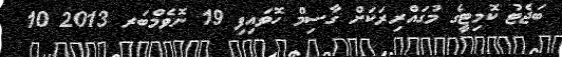
ބަޖެޓު ކޮމިޓީގެ މުގައްރިރަކަށް ގާސިމް ހޮވައިފި 19 ނޮވެމްބަރ 2013 10